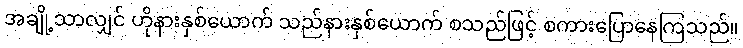
အချို့သာလျှင် ဟိုနားနှစ်ယောက် သည်နားနှစ်ယောက် စသည်ဖြင့် စကားပြောနေကြသည်။